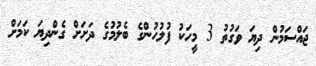
ޖައްސަމުން ދިޔަ ވަގުތު 3 މީހަކު ފުލުހުންގެ ބެލުމުގެ ދަށަށް ގެންދިޔަ ކަމަށް